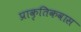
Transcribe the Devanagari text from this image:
प्राकृतिकवास